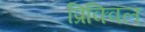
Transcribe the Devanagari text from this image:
प्रिक्विल